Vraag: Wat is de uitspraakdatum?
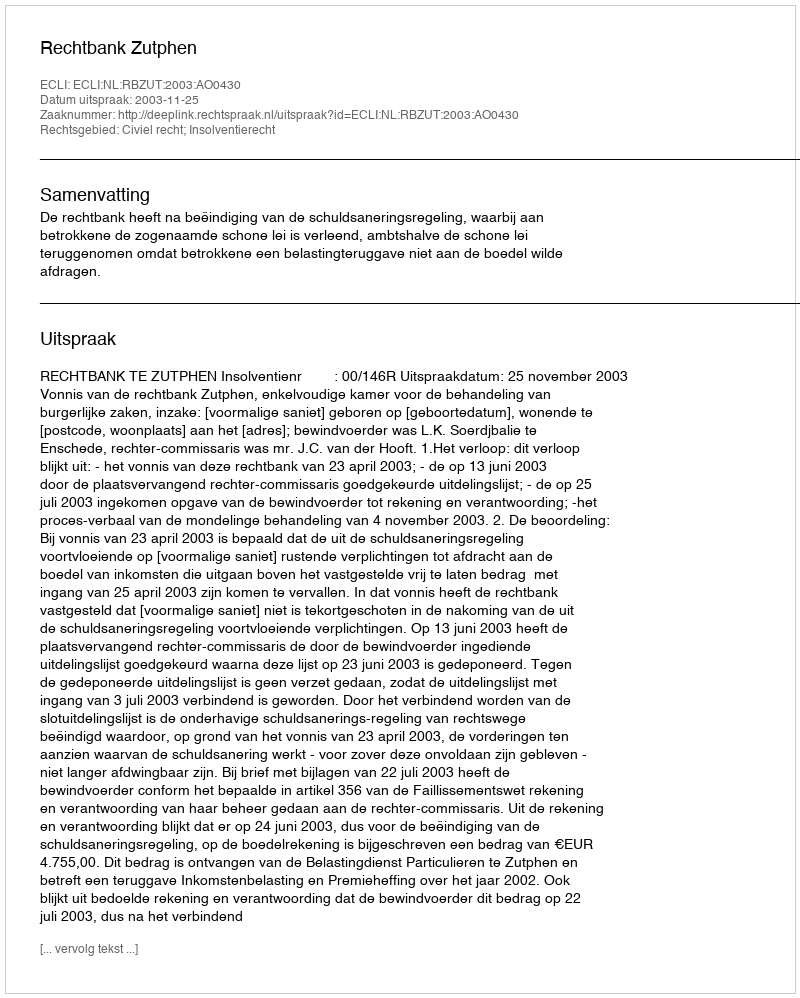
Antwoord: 2003-11-25